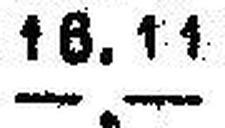
—.—